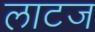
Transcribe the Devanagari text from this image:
लाटज